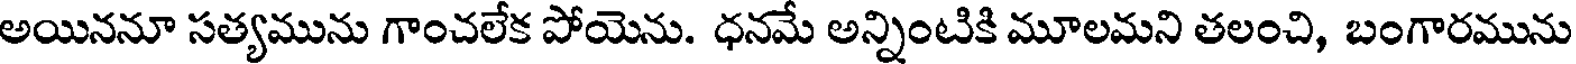
అయిననూ సత్యమును గాంచలేక పోయెను. ధనమే అన్నింటికి మూలమని తలంచి, బంగారమును